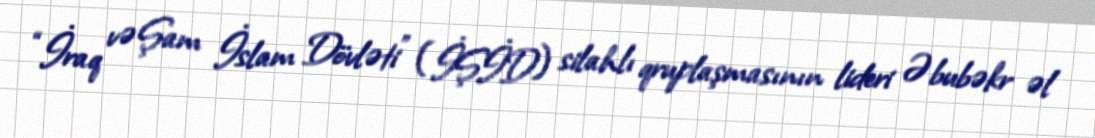
“İraq və Şam İslam Dövləti” (İŞİD) silahlı qruplaşmasının lideri Əbubəkr əl